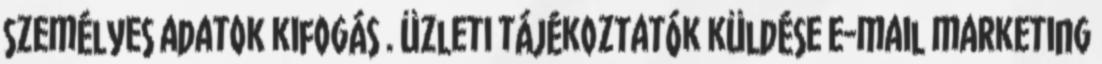
személyes adatok kifogás . Üzleti tájékoztatók küldése e-mail marketing